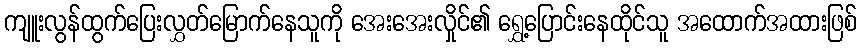
ကျူးလွန်ထွက်ပြေးလွှတ်မြောက်နေသူကို အေးအေးလှိုင်၏ ရွှေ့ပြောင်းနေထိုင်သူ အထောက်အထားဖြစ်